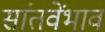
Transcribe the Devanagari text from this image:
सांतवेंभाव